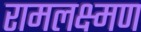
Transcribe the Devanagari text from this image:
रामलक्ष्मण